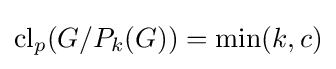
\mathrm {cl} _{p}(G/P_{k}(G))=\min(k,c)